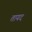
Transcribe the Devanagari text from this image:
तायद